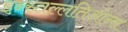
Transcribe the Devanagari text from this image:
इन्स्तल्लतिओन्स